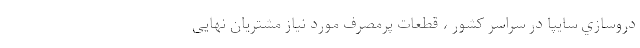
دروسازي سايپا در سراسر کشور ، قطعات پرمصرف مورد نیاز مشتریان نهایی